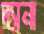
দ্যানা